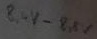
Text: 8,4V-8,8V